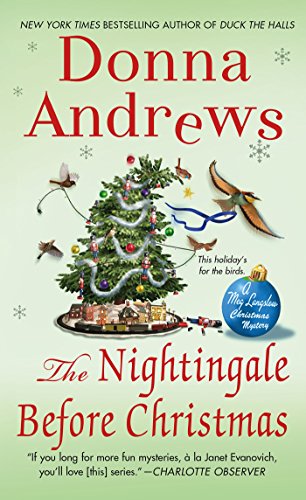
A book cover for The Nightingale Before Christmas (Meg Langslow Mysteries); Donna Andrews; Mystery, Thriller & Suspense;